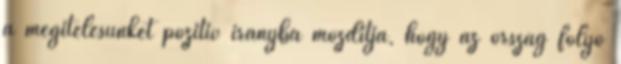
a megítélésünket pozitív irányba mozdítja, hogy az ország folyó